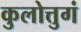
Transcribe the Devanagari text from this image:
कुलोत्तुगं